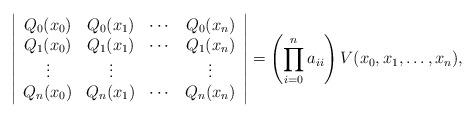
LaTeX: \begin{align*} \left |\begin{array}{cccc}Q_0(x_0) & Q_0(x_1) & \cdots & Q_0(x_n)\\Q_1(x_0) & Q_1(x_1) & \cdots & Q_1(x_n)\\\vdots & \vdots & & \vdots\\Q_n(x_0) & Q_n(x_1) & \cdots & Q_n(x_n)\end{array}\right |= \left (\prod^n_{i=0}a_{ii} \right )V(x_0, x_1,\ldots,x_n),\end{align*}